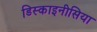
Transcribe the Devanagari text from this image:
डिस्काइनीसिया